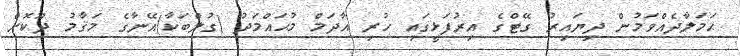
ޙަމަލާދެއްވަމުން ދިޔައިރު ގޭޓްގެ އިރުފަޅީގައި ހުރި އާދަމް މުޙައްމަދު (ގުލްބަކާ)އޭނާގެ މަޤާމު ދޫކޮށް